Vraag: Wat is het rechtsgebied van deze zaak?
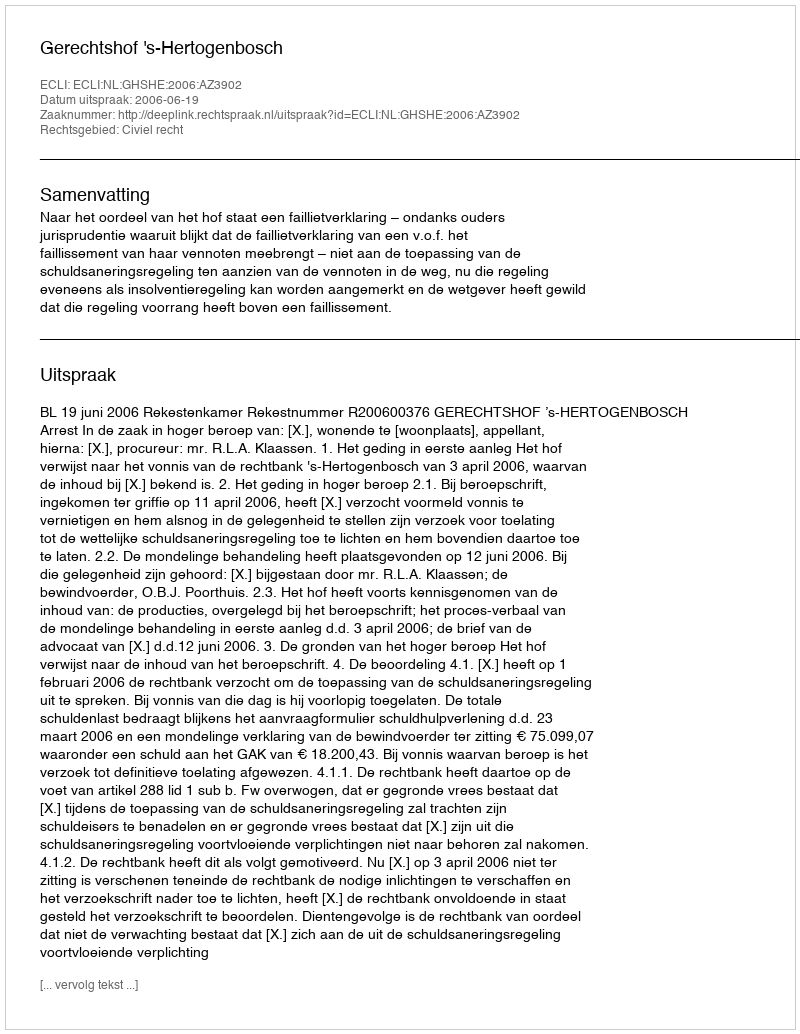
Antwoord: Civiel recht